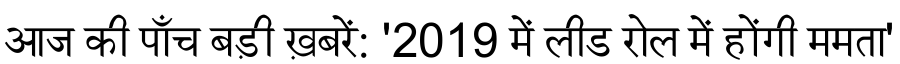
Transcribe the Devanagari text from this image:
आज की पाँच बड़ी ख़बरें: '2019 में लीड रोल में होंगी ममता'